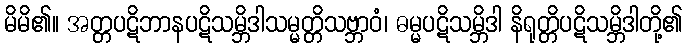
မိမိ၏။ အတ္တပဋိဘာနပဋိသမ္ဘိဒါသမ္မတ္တိသဗ္ဘာဝံ၊ ဓမ္မပဋိသမ္ဘိဒါ နိရုတ္တိပဋိသမ္ဘိဒါတို့၏